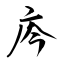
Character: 庈